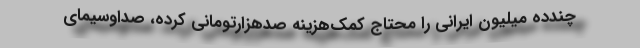
چندده میلیون ایرانی را محتاجِ کمک‌هزینه صدهزارتومانی کرده، صداوسیمای